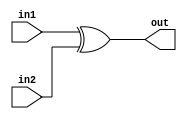
`timescale 1ns / 1ps
//////////////////////////////////////////////////////////////////////////////////
// Company: 
// Engineer: 
// 
// Design Name: 
// Module Name:    XOR 
// Project Name: 
// Target Devices: 
// Tool versions: 
// Description: 
//
// Dependencies: 
//
// Revision: 
// Revision 0.01 - File Created
// Additional Comments: 
//
//////////////////////////////////////////////////////////////////////////////////
module XOR(in1,in2,out
    );
	 input in1,in2;
	 output out;
	 assign out=in1^in2;


endmodule